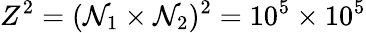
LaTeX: Z^{2}=(\mathcal{N}_{1}\times\mathcal{N}_{2})^{2}=10^{5}\times10^{5}